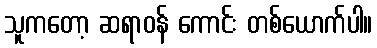
သူကတော့ ဆရာဝန် ကောင်း တစ်ယောက်ပါ။